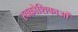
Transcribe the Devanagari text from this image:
स्वकोशिकाओं